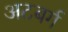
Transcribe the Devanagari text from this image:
अटबर्ग